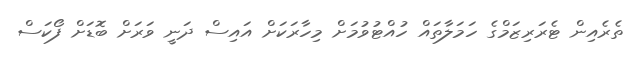
ތެރެއިން ޓެރަރިޒަމްގެ ހަމަލާތައް ހުއްޓުވުމަށް މިހާރަކަށް އައިސް ދަނީ ވަރަށް ބޮޑަށް ފޯކަސް